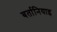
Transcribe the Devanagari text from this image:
बर्तानियाइ